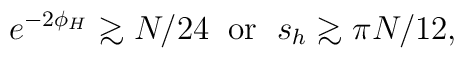
e^{-2\phi_H}	{\;\raise.3ex\hbox{$>$\kern-.75em\lower1ex\hbox{$\sim$}}\;}	N/24\;\;	\mbox{\rm or }\;s_h	{\;\raise.3ex\hbox{$>$\kern-.75em\lower1ex\hbox{$\sim$}}\;}	\pi N/12,